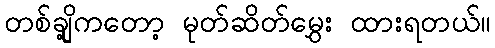
တစ်ချို့ကတော့ မုတ်ဆိတ်မွှေး ထားရတယ်။